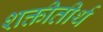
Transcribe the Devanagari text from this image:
शक्तीतीर्थ